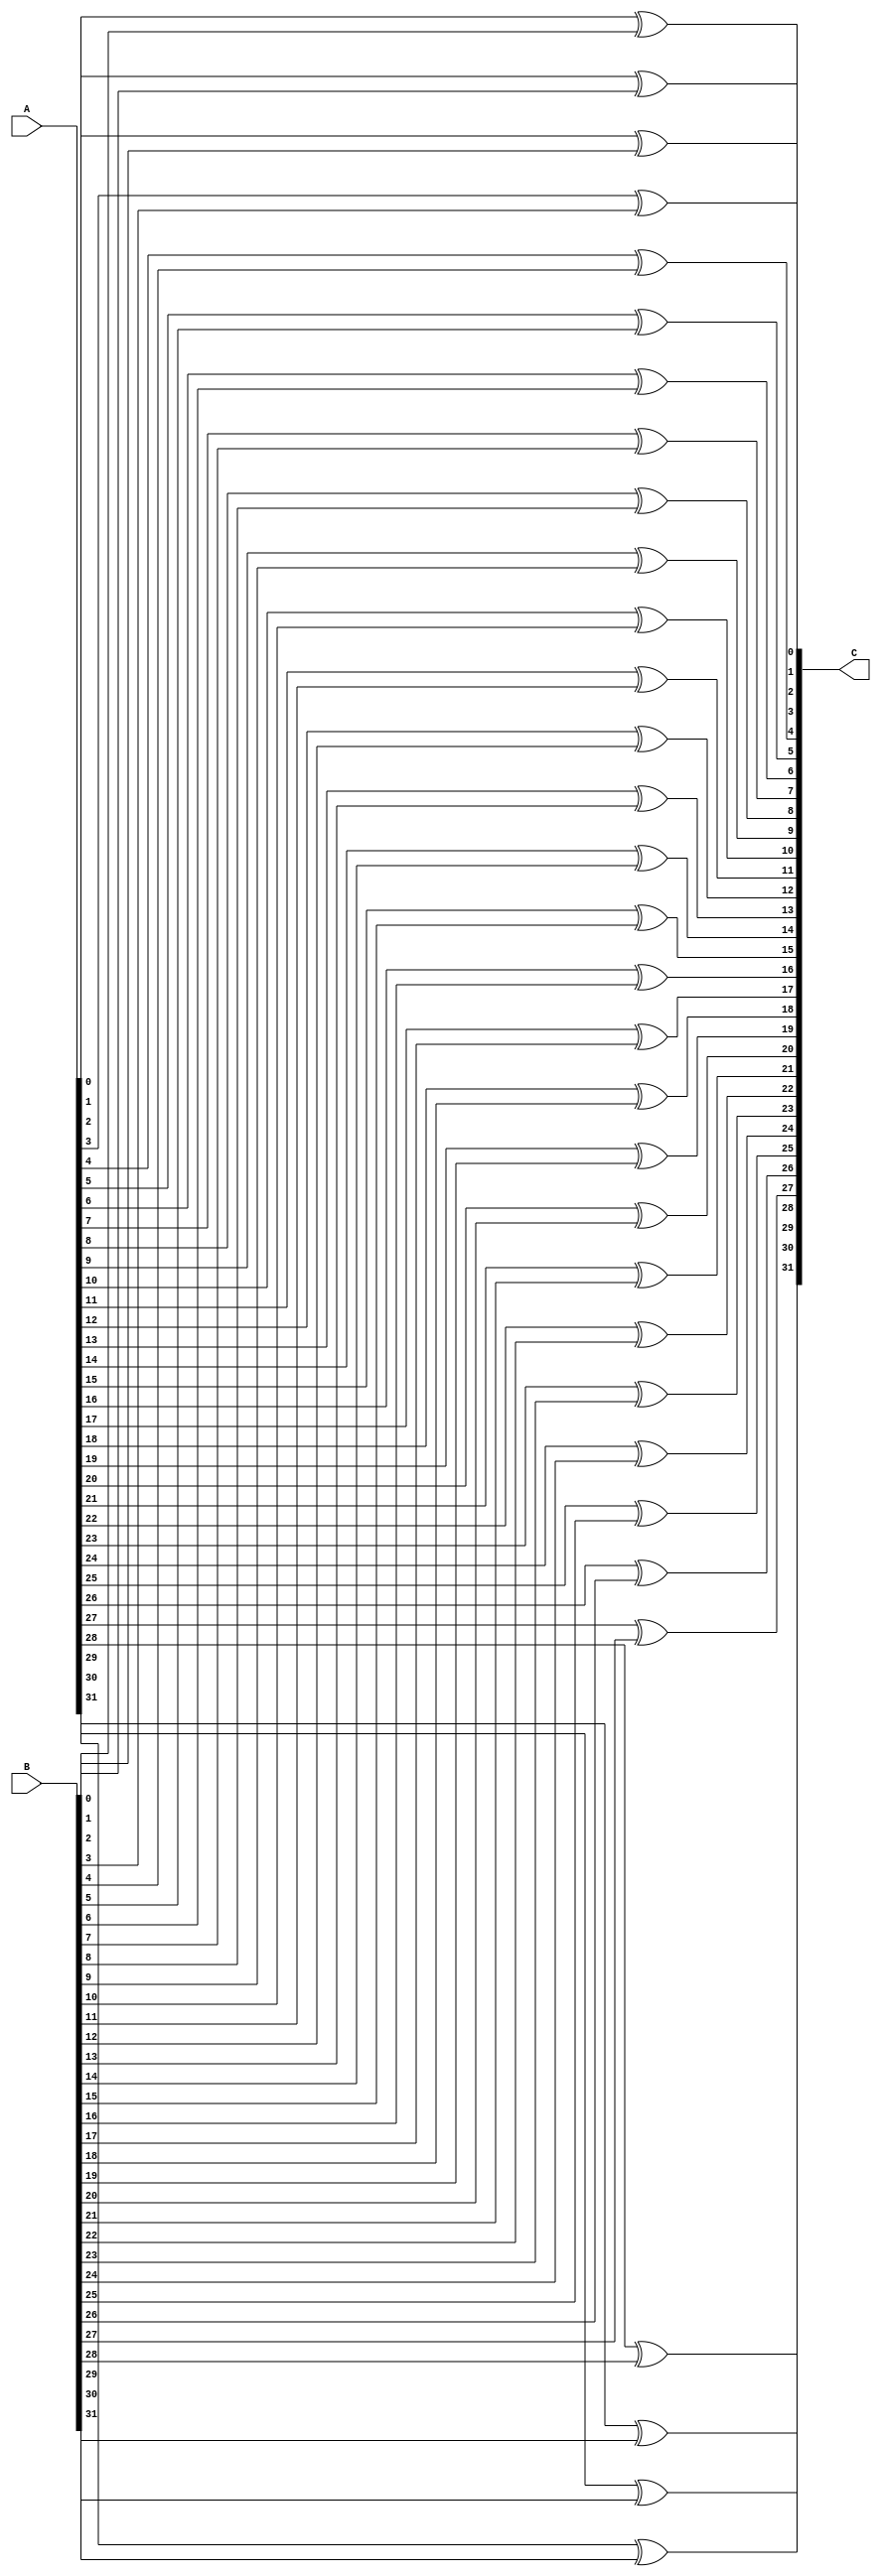
`timescale 1ns / 1ps
//////////////////////////////////////////////////////////////////////////////////
// Company: 
// Engineer: 
// 
// Design Name: 
// Module Name:    XOR 
// Project Name: 
// Target Devices: 
// Tool versions: 
// Description: 
//
// Dependencies: 
//
// Revision: 
// Revision 0.01 - File Created
// Additional Comments: 
//
//////////////////////////////////////////////////////////////////////////////////
module XOR(
	input[31:0] A, input[31:0]B, output[31:0] C
    );

assign C[0] = A[0] ^ B[0];
assign C[1] = A[1] ^ B[1];
assign C[2] = A[2] ^ B[2];
assign C[3] = A[3] ^ B[3];
assign C[4] = A[4] ^ B[4];
assign C[5] = A[5] ^ B[5];
assign C[6] = A[6] ^ B[6];
assign C[7] = A[7] ^ B[7];
assign C[8] = A[8] ^ B[8];
assign C[9] = A[9] ^ B[9];
assign C[10] = A[10] ^ B[10];
assign C[11] = A[11] ^ B[11];
assign C[12] = A[12] ^ B[12];
assign C[13] = A[13] ^ B[13];
assign C[14] = A[14] ^ B[14];
assign C[15] = A[15] ^ B[15];
assign C[16] = A[16] ^ B[16];
assign C[17] = A[17] ^ B[17];
assign C[18] = A[18] ^ B[18];
assign C[19] = A[19] ^ B[19];
assign C[20] = A[20] ^ B[20];
assign C[21] = A[21] ^ B[21];
assign C[22] = A[22] ^ B[22];
assign C[23] = A[23] ^ B[23];
assign C[24] = A[24] ^ B[24];
assign C[25] = A[25] ^ B[25];
assign C[26] = A[26] ^ B[26];
assign C[27] = A[27] ^ B[27];
assign C[28] = A[28] ^ B[28];
assign C[29] = A[29] ^ B[29];
assign C[30] = A[30] ^ B[30];
assign C[31] = A[31] ^ B[31];

endmodule